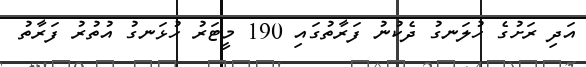
އަދި ރަށުގެ ހުލަނގު ދެކުނު ފަރާތުގައި 190 މީޓަރު ހުޅަނގު އުތުރު ފަރާތު